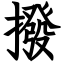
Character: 撥